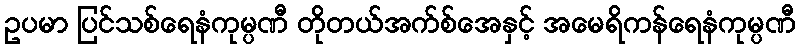
ဥပမာ ပြင်သစ်ရေနံကုမ္ပဏီ တိုတယ်အက်စ်အေနှင့် အမေရိကန်ရေနံကုမ္ပဏီ